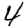
Digit: 4